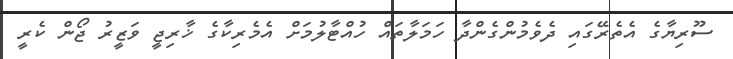
ސޫރިޔާގެ އެތެރޭގައި ދެވެމުންގެންދާ ހަމަލާތައް ހުއްޓާލުމަށް އެމެރިކާގެ ޚާރިޖީ ވަޒީރު ޖޯން ކެރީ